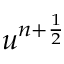
u ^ { n + \frac { 1 } { 2 } }